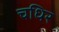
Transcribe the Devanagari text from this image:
चधिर